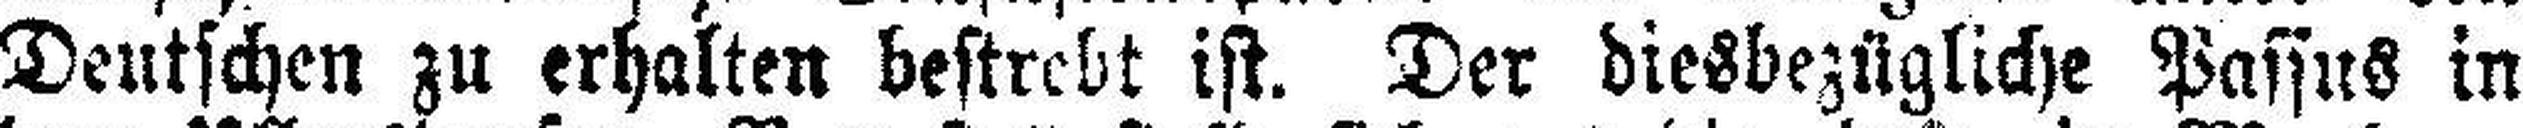
Deutschen zu erhalten bestrebt ist. Der diesbezügliche Passus in